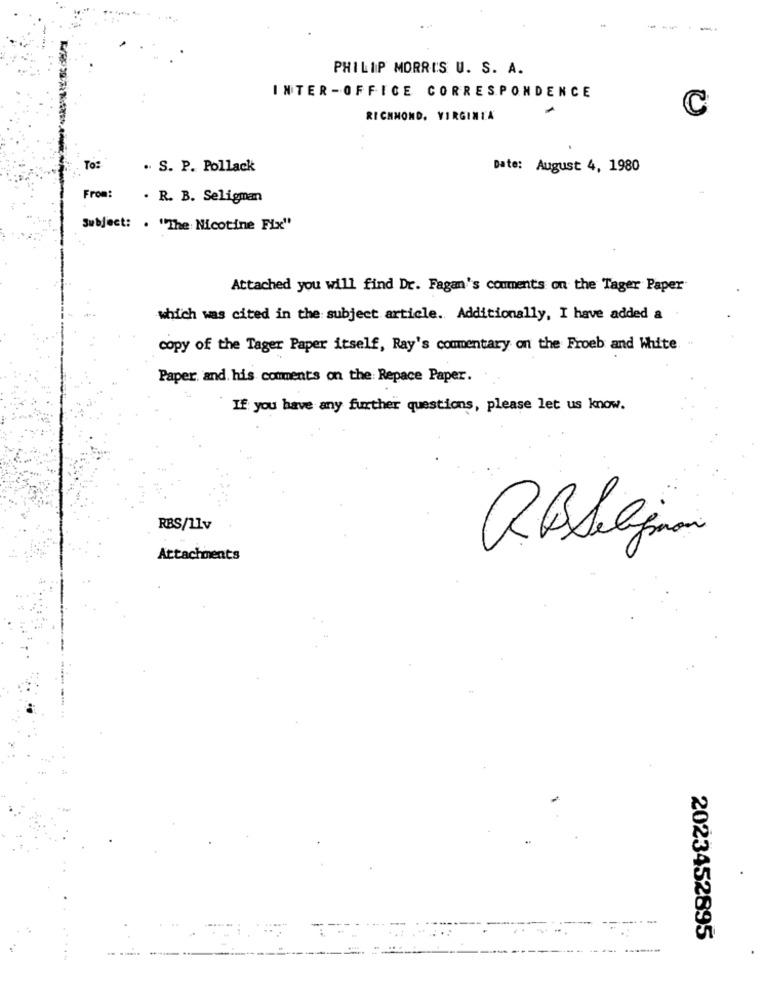
----
PHILIP MORRIS U. S. A.
INTER-OFFICE CORRESPONDENCE
C
RICHMOND, VIRGINIA
To:
. S. P. Pollack
Date: August 4, 1980
From:
. R. B. Seligman
Subject: . "The Nicotine Fix"
Attached you will find Dr. Fagan's comments on the Tager Paper
which was cited in the subject article. Additionally, I have added a
copy of the Tager Paper itself, Ray's commentary on the Froeb and White
Paper and his comments on the: Repace Paper.
If you have any further questions, please let us know.
RBS/11v
Attachments
2023452895